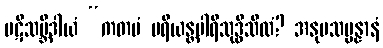
ပဋိသမ္ဘိဒါယံ “ကတမံ ပရိယန္တပါရိသုဒ္ဓိသီလံ? အနုပသမ္ပန္နာနံ